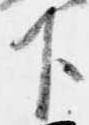
下